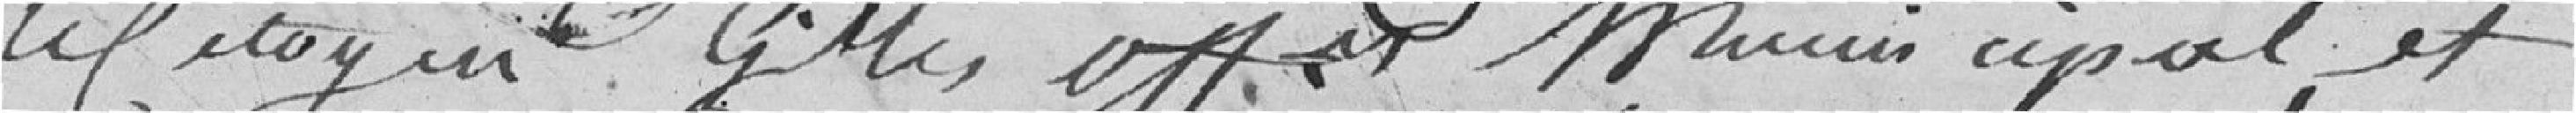
le Citoyen Gille, Officier Municipal, et